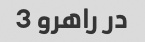
در راهرو 3